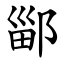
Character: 䣎